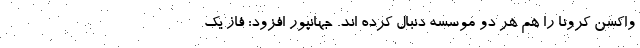
واکسن کرونا را هم هر دو موسسه دنبال کرده اند. جهانپور افزود: فاز یک